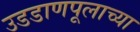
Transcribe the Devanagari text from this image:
उडडाणपूलाच्या